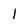
Character: I